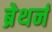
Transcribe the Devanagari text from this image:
ब्रेथर्न